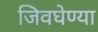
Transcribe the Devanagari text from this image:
जिवघेण्या